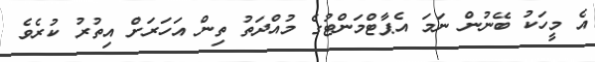
އެ މީހަކު ބޭނުން ނަމަ އެޕާޓްމަންޓުގެ މުއްދަތު ތިން އަހަރަށް އިތުރު ކުރެވެ